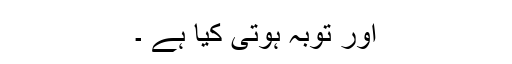
اور توبہ ہوتی کیا ہے ۔